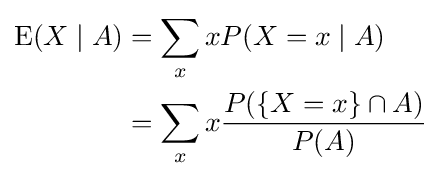
{\begin{aligned}\operatorname {E} (X\mid A)&=\sum _{x}xP(X=x\mid A)\\&=\sum _{x}x{\frac {P(\{X=x\}\cap A)}{P(A)}}\end{aligned}}